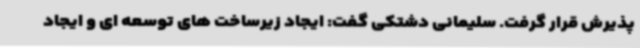
پذیرش قرار گرفت. سلیمانی دشتکی گفت: ایجاد زیرساخت های توسعه ای و ایجاد